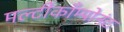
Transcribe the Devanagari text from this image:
मल्टीकाँम्पोनंट